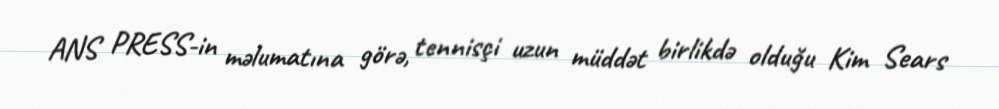
ANS PRESS-in məlumatına görə, tennisçi uzun müddət birlikdə olduğu Kim Sears